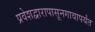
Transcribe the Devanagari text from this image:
प्रवेशद्वारापासूनगावापर्यंत